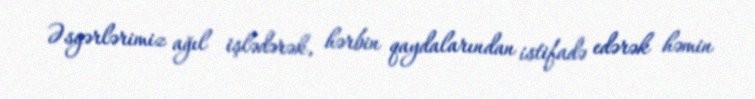
Əsgərlərimiz ağıl işlədərək, hərbin qaydalarından istifadə edərək həmin